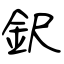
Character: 鈬